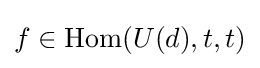
f\in \operatorname {Hom} (U(d),t,t)